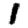
Digit: 1